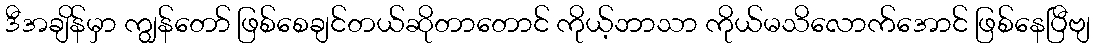
ဒီအချိန်မှာ ကျွန်တော် ဖြစ်စေချင်တယ်ဆိုတာတောင် ကိုယ့်ဘာသာ ကိုယ်မသိလောက်အောင် ဖြစ်နေပြီဗျ